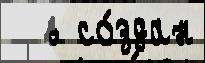
  в со́здан